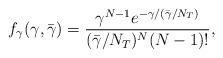
LaTeX: \begin{align*}f_{\gamma}(\gamma, \bar{\gamma}) = \frac{\gamma^{N-1}e^{-\gamma/(\bar{\gamma}/N_T)}}{(\bar{\gamma}/N_T)^N (N-1)!},\end{align*}